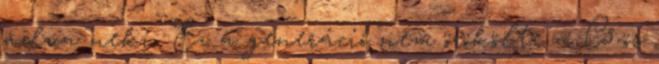
adva neki. Ez a generáció nem örökölte a C5-ös